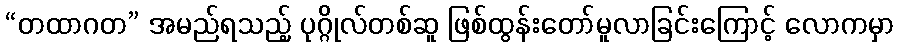
“တထာဂတ” အမည်ရသည့် ပုဂ္ဂိုလ်တစ်ဆူ ဖြစ်ထွန်းတော်မူလာခြင်းကြောင့် လောကမှာ